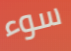
سوء